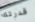
قدرتك